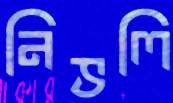
নিভলি